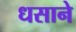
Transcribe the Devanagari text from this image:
धसाने